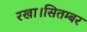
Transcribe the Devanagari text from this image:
रखा।सितम्बर